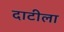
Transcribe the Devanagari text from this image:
दाटीला